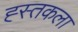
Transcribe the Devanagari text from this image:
ह्स्तकला